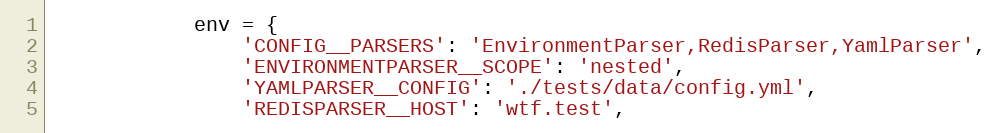
Language: Python
            env = {
                'CONFIG__PARSERS': 'EnvironmentParser,RedisParser,YamlParser',
                'ENVIRONMENTPARSER__SCOPE': 'nested',
                'YAMLPARSER__CONFIG': './tests/data/config.yml',
                'REDISPARSER__HOST': 'wtf.test',